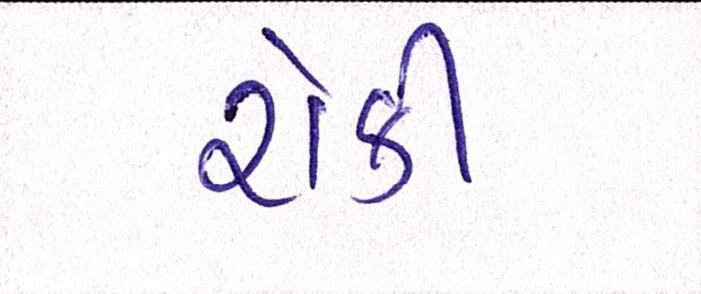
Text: રોકી